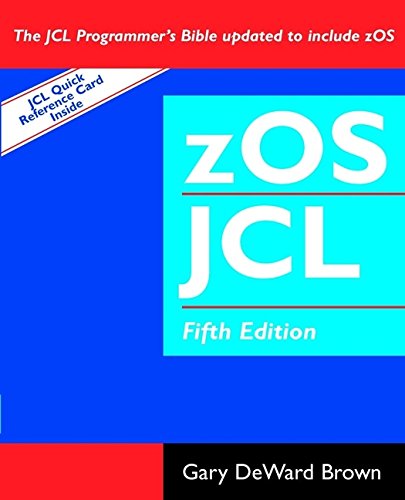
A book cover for zOS JCL, 5th Edition; Gary DeWard Brown; Computers & Technology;